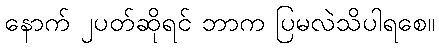
နောက် ၂ပတ်ဆိုရင် ဘာက ပြမလဲသိပါရစေ။